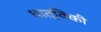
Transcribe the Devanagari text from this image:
धात्विकी